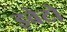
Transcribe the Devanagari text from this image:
इवेटो